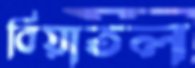
বিয়াতল